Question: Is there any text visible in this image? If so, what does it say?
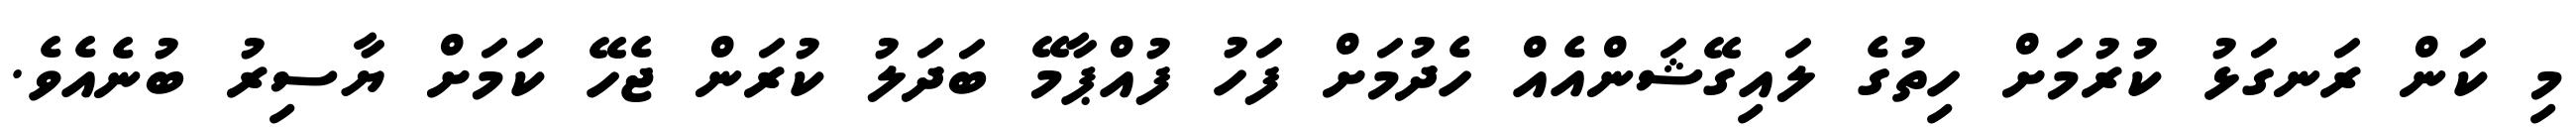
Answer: މި ކަން ރަނގަޅު ކުރުމަށް ހިތުގެ ލައިގޭޝަންއެއް ހެދުމަށް ފަހު ފުއްޕާމޭ ބަދަލު ކުރަން ޖެހޭ ކަމަށް ޔާސިރު ބުނެއެވެ.